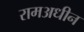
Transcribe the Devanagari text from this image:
रामअधीन